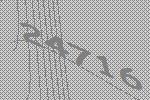
24716